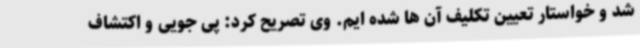
شد و خواستار تعیین تکلیف آن ها شده ایم. وی تصریح کرد: پی جویی و اکتشاف